Scottish Leaving Certificate Examination, 1955
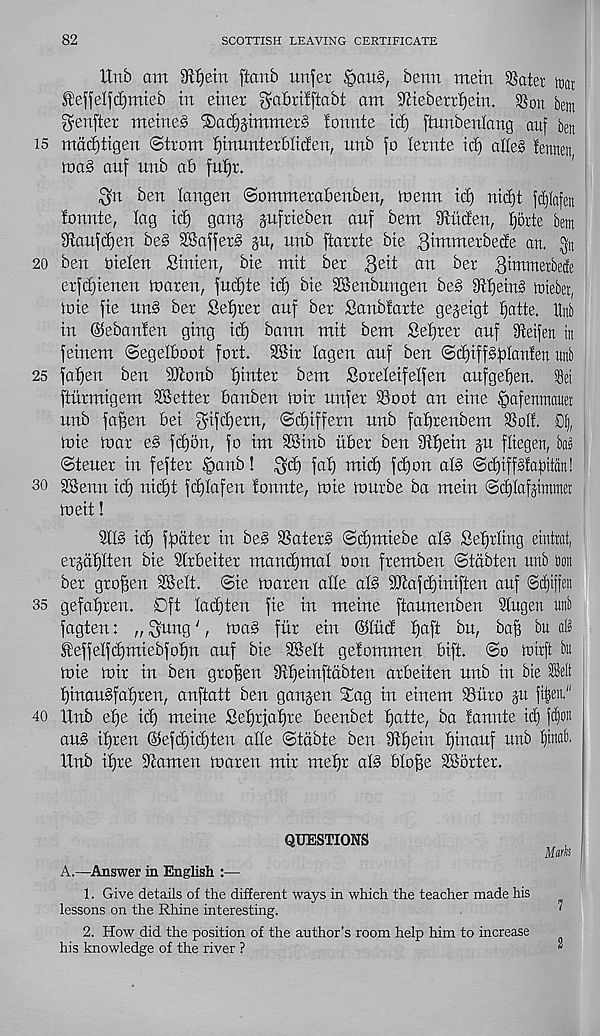
15
20
25
30
35
40
82
SCOTTISH LEAVING CERTIFICATE
Unb am Sflfjeirt ftanb uttfer |>au§, benn mein SSater itiat
®effelfd)mteb in einer ^abrilftabt am Sftiebetrfjein. 35on betn
^enfter meine§ ®arf)jimmet3 ionnte id) ftunbenlang auf ben
mddjtigen ©trom fjinunterblitfen, unb fo fetnte id) alle§ fennen
tnaS auf uub ab fufjr.
$n ben langen ©ommerabenben, tnenn id) nid)t fdjlafen
ionnte, lag id) gang gufrieben auf bem dtiiden, fjorte bem
9taufd)en beg 28affer§ §u, unb ftarrte bte gimmerbede an. gn
ben oielen Sinien, bie mit ber 3 e^t on bet ^bnmerbecfe
erfd)ienen loaren, fud)te id) bie SBenburtgen beg dtfjeing toiebei,
)oie fie ung ber Setter auf ber Sanbfarte gejeigt ijatte. ttnb
in ©ebanien ging id) bann mit bem Sefjrer auf 3ietfen in
feinem ©egetboot fort. 28ir tageu auf ben ©d)iffgf)Ianien unb
fai)en ben SUtonb Winter bem Soreleifelfen aufgelfen. Set
fturmigem ^Better banben toir unfer 93oot an eine ^afenmauet
unb fafjen bei gnfdjern, ©djiffern unb fabrenbem SSoli. Dlj,
ioie toar eg fd)bn, fo im SBinb tiber ben 9tf)ein ju fliegen, ba)
©teuer in fefter |>anb! ^d) fat) mi(^ fd)on alg ©d)iffgiafiitdn!
SBenn id) nid)t fdjtafen fonnte, toie tourbe ba mein ©cfitafptitra
loeit!
2[Ig id) fail ter in beg SSaterg ©djmiebe alg Seeding eintrat,
erjatjlten bie Strbeiter mandjmal Oon fremben ©tdbten unb ton
ber grofjen SBelt. ©ie toaren atle alg 9Jiafd)iniften auf @(|iffeit
gefat)ren. Dft ladjten fie in meine ftaunenben Stugen unb
fagten: „ Sung ‘, toag fur ein ©lud I)aft bu, baf) bu alt
feffetfd)miebfof)n auf bie SBett geiommen bift. ©o graft bu
toie toir in ben groffen Sftfjeinftdbten arbeiten unb in bie lelt
t)inaugfaf)ren, anftatt ben ganjen Stag in einem 93uro ju fi|eit."
Hnb etje id) meine Sefjrfafire beenbet l^atte, ba iannte id) fc£)on
aug itjren @efd)id)ten atte ©tabte ben 9tf)ein tjinauf unb t)mob.
XXnb itjre Stamen toaren mir metjr alg blofie SBorter.
QUESTIONS
A.—Answer in English :—
1. Give details of the different ways in which the teacher made his
lessons on the Rhine interesting.
2. How did the position of the author’s room help him to increase
his knowledge of the river ?
Mds
1
2